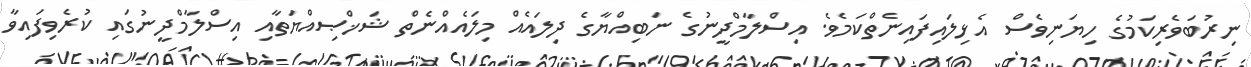
ނިރުބަވެރިކަމުގެ ހިޔަނިވެސް އެޅިލައިފައިނެތްކަމެވެ. އިސްލާމްދީނުގެ ނަބިއްޔާގެ ދިލައެއް މިލައެއްނެތް ޝަޚްޞިއްޔަތާއި އިސްލާމްދީނުގައި ކުރެވިފައިވާ